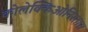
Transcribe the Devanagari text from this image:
कोलेक्किओनिस्तास